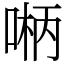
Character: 𫪲